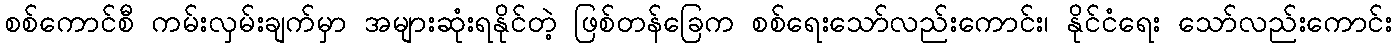
စစ်ကောင်စီ ကမ်းလှမ်းချက်မှာ အများဆုံးရနိုင်တဲ့ ဖြစ်တန်ခြေက စစ်ရေးသော်လည်းကောင်း၊ နိုင်ငံရေး သော်လည်းကောင်း